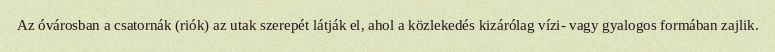
Az óvárosban a csatornák (riók) az utak szerepét látják el, ahol a közlekedés kizárólag vízi- vagy gyalogos formában zajlik.